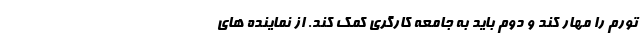
تورم را مهار کند و دوم باید به جامعه کارگری کمک کند. از نماینده های